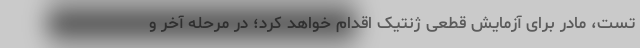
تست، مادر برای آزمایش قطعی ژنتیک اقدام خواهد کرد؛ در مرحله آخر و